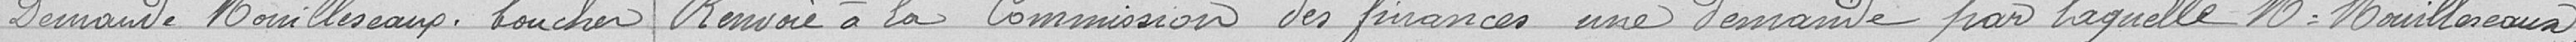
Demande Mouilleseaux, boucher. Renvoie à la Commission des finances une demande par laquelle monsieur Mouilleseaux,